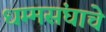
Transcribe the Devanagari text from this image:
धम्मसंघाचे